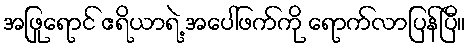
အဖြုရောင် ဧရိယာရဲ့ အပေါ်ဖက်ကို ရောက်လာပြန်ပြီ။